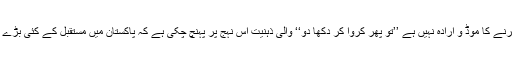
‘‘ والی سوچ، کام اگر جائز و قانونی بھی ہے اور بس کرنے کا موڈ و ارادہ نہیں ہے ’’تو پھر کروا کر دکھا دو‘‘ والی ذہنیت اس نہج پر پہنچ چکی ہے کہ پاکستان میں مستقبل کے کئی بڑے فیصلے مجھے سڑکو ں پر ہوتے ہوئے نظرآ رہے ہیں۔